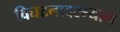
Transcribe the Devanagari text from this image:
विघटनादरम्यान